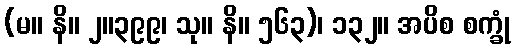
(မ။ နိ။ ၂။၃၉၉၊ သု။ နိ။ ၅၆၃)၊ ၁၃၂။ အပိစ စက္ခုံ